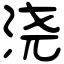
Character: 浇